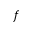
f